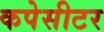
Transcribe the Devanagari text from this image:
कपेसीटर